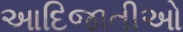
આદિજાતીઓ